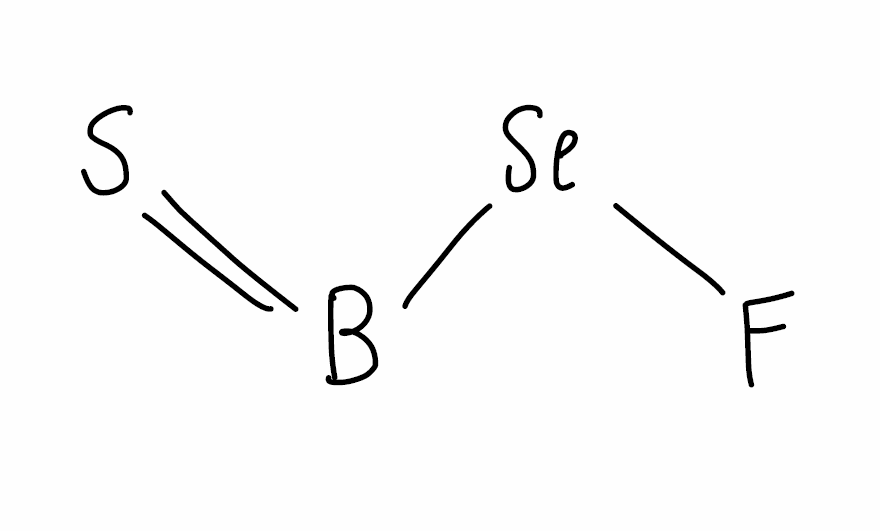
Simplified molecular-input line-entry system (SMILES) notation of the given molecule:
B(=S)[Se]F